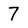
Character: 7